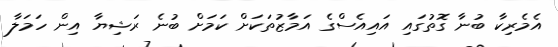
އެމެރިކާ ބުނާ ގޮތުގައި އައިއެސްގެ އަމާޒުތަކަށް ކަމަށް ބުނެ ރަޝިޔާ އިން ހަމަލާ